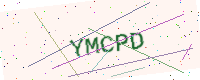
Text: YMCPD